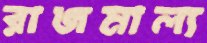
রাজমাল্য